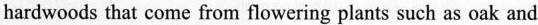
hardwoods that come from flowering plants such as oak and